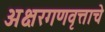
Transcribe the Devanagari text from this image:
अक्षरगणवृत्ताचे